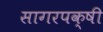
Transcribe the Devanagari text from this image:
सागरपक्षी